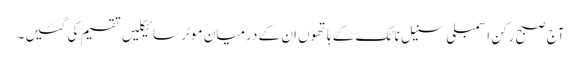
آج صبح رکنِ اسمبلی سنیل نائک کے ہاتھوں ان کے درمیان موٹر سائیکلیں تقسیم کی گئیں۔